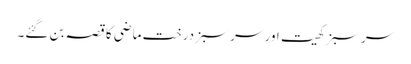
سر سبز کھیت اور سر سبز درخت ماضی کا قصہ بن گئے۔